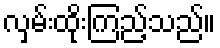
လှမ်းထိုးကြည့်သည်။